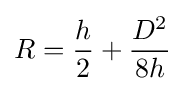
R={\frac {h}{2}}+{\frac {D^{2}}{8h}}